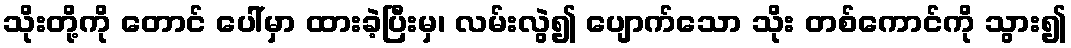
သိုးတို့ကို တောင် ပေါ်မှာ ထားခဲ့ပြီးမှ၊ လမ်းလွဲ၍ ပျောက်သော သိုး တစ်ကောင်ကို သွား၍